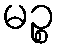
မဉ္စ